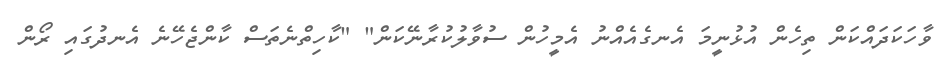
ވާހަކަދައްކަން ތިހެން އުޅުނީމަ އެނގެއެއްނު އެމީހުން ސުވާލުކުރާނޭކަން" "ކާހިތްނެތަސް ކާންޖެހޭނެ އެނދުގައި ރޯން